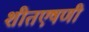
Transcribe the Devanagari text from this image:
शीतएषणी